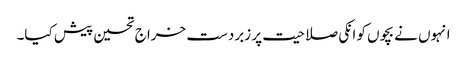
انہوں نے بچوں کو انکی صلاحیت پر زبردست خراج تحسین پیش کیا۔